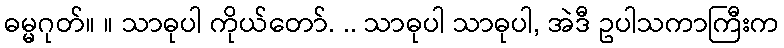
ဓမ္မဂုတ်။ ။ သာဓုပါ ကိုယ်တော်. .. သာဓုပါ သာဓုပါ, အဲဒီ ဥပါသကာကြီးက